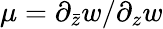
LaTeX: \mu=\partial_{\bar{z}}w/\partial_{z}w